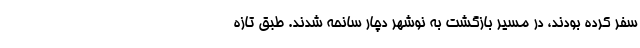
سفر کرده بودند، در مسیر بازگشت به نوشهر دچار سانحه شدند. طبق تازه